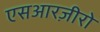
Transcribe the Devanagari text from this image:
एसआरज़ीरो